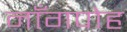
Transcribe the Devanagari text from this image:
नाँगपोह